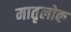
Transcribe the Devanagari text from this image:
मातृलोक